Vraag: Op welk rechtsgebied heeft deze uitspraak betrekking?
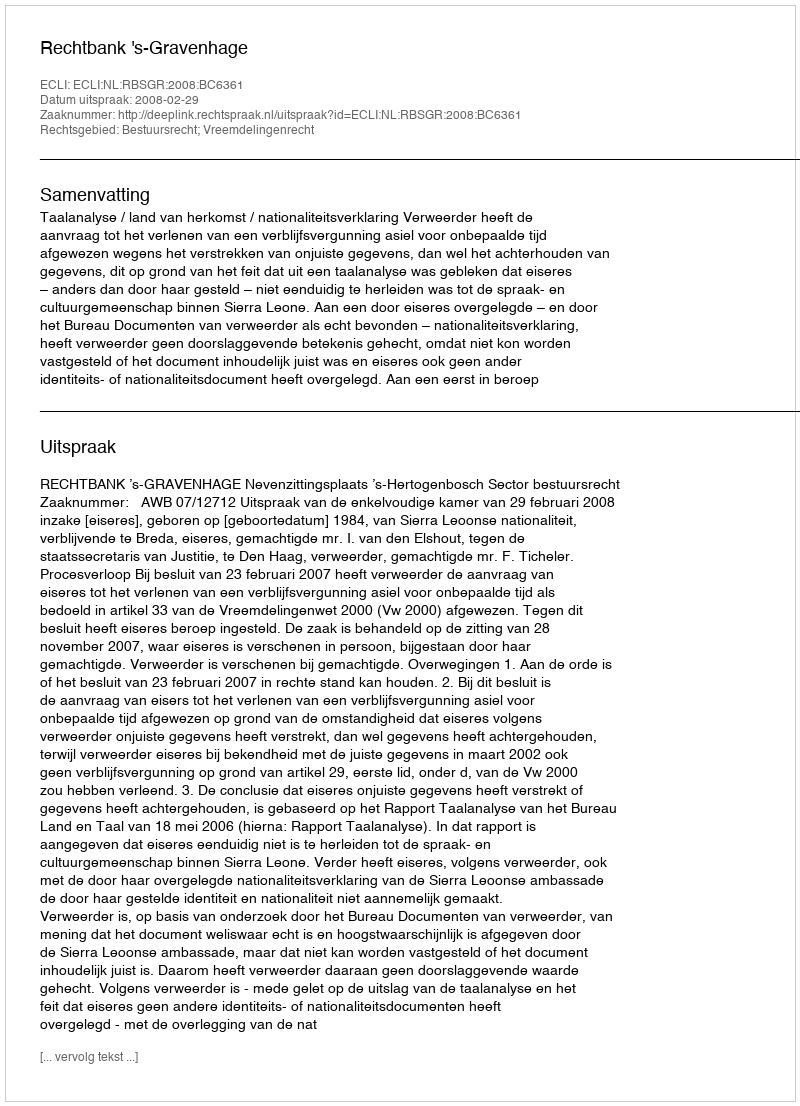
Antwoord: Bestuursrecht; Vreemdelingenrecht